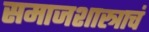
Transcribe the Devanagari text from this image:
समाजशास्त्राचं